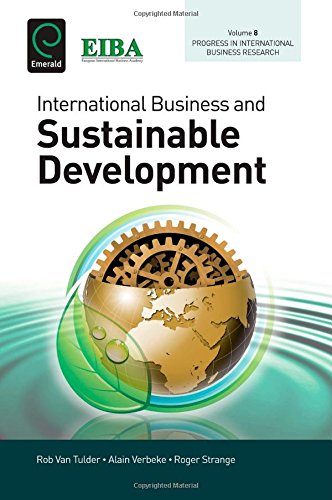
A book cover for International Business and Sustainable Development (Progress in International Business Research); Alain Verbeke; Business & Money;